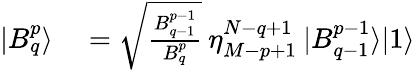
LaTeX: \begin{array}{rl}{|B_{q}^{p}\rangle}&{{}=\sqrt{\frac{B_{q-1}^{p-1}}{B_{q}^{p}}}\: \eta_{M-p+1}^{N-q+1}\: |B_{q-1}^{p-1}\rangle|1\rangle}\end{array}